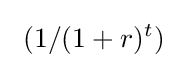
\ (1/(1+r)^{t})